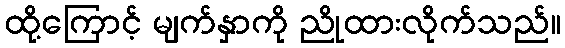
ထို့ကြောင့် မျက်နှာကို ညိုထားလိုက်သည်။